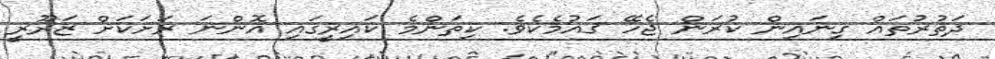
ދަތުރުތައް ގިނައިން ކުރަން ޖެހޭ ޤައުމެކެވެ. ކިތަންމެ ކައިރީގައި އޮންނަ ރަށަކަށް ޒަރޫރީ